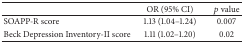
|  | OR (95% CI) | p value |
 | --- | --- | --- |
 | SOAPP-R score | 1.13 (1.04–1.24) | 0.007 |
 | Beck Depression Inventory-II score | 1.11 (1.02–1.20) | 0.02 |